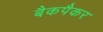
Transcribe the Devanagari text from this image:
बैकपैकर